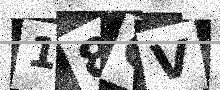
Text: 18CV